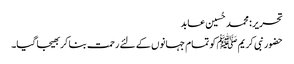
تحریر : محمد حُسین عابد
حضور نبی کریم ﷺ کو تمام جہانوں کے لئے رحمت بنا کر بھیجا گیا۔